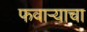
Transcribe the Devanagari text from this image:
फवाऱ्याचा